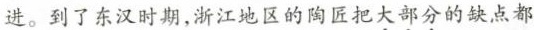
进。到了东汉时期,浙江地区的陶匠把大部分的缺点都